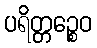
ပရိတ္တဉ္စေဝ